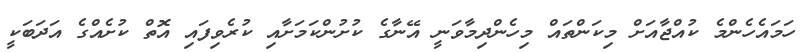
ހަމައެހެންމެ ކުއްޖާއަށް މިކަންތައް މިހެންދިމާވަނީ އޭނާގެ ކުށުންކަމަށާއި ކުރެވިފައި އޮތް ކުށެއްގެ އަދަބަކީ